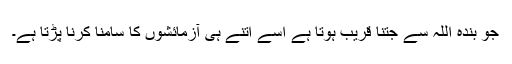
جو بندہ اللہ سے جتنا قریب ہوتا ہے اسے اتنے ہی آزمائشوں کا سامنا کرنا پڑتا ہے۔